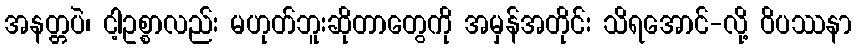
အနတ္တပဲ၊ ငါ့ဥစ္စာလည်း မဟုတ်ဘူးဆိုတာတွေကို အမှန်အတိုင်း သိရအောင်-လို့ ဝိပဿနာ